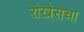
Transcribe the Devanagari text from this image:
रोखे्सचा